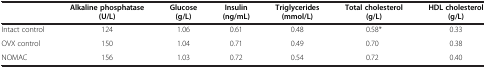
|  | Alkaline phosphatase (U/L) | Glucose (g/L) | Insulin (ng/mL) | Triglycerides (mmol/L) | Total cholesterol (g/L) | HDL cholesterol (g/L) |
 | --- | --- | --- | --- | --- | --- | --- |
 | Intact control | 124 | 1.06 | 0.61 | 0.48 | 0.58* | 0.33 |
 | OVX control | 150 | 1.04 | 0.71 | 0.49 | 0.70 | 0.38 |
 | NOMAC | 156 | 1.03 | 0.72 | 0.54 | 0.72 | 0.40 |